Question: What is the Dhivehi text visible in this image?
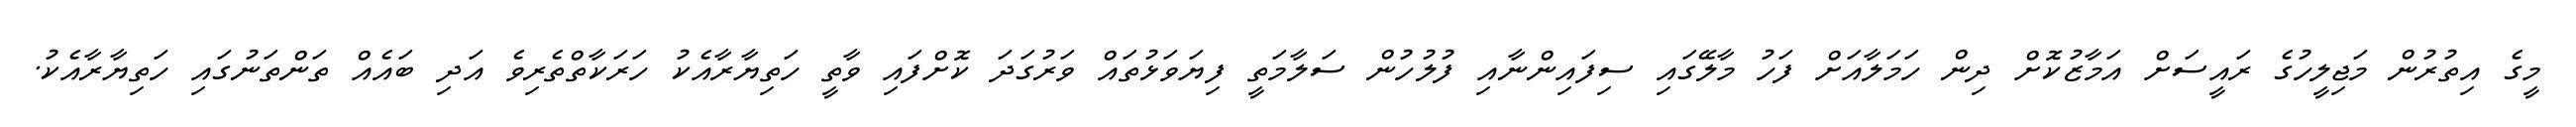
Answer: މީގެ އިތުރުން މަޖިލީހުގެ ރައީސަށް އަމާޒުކޮށް ދިން ހަމަލާއަށް ފަހު މާލޭގައި ސިފައިންނާއި ފުލުހުން ސަލާމަތީ ފިޔަވަޅުތައް ވަރުގަދަ ކޮށްފައި ވާތީ ހަތިޔާރާއެކު ހަރަކާތްތެރިވެ އަދި ބައެއް ތަންތަނުގައި ހަތިޔާރާއެކު.